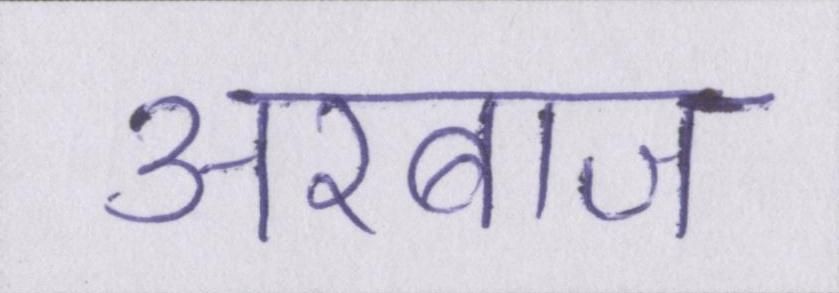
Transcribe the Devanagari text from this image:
अरबाज